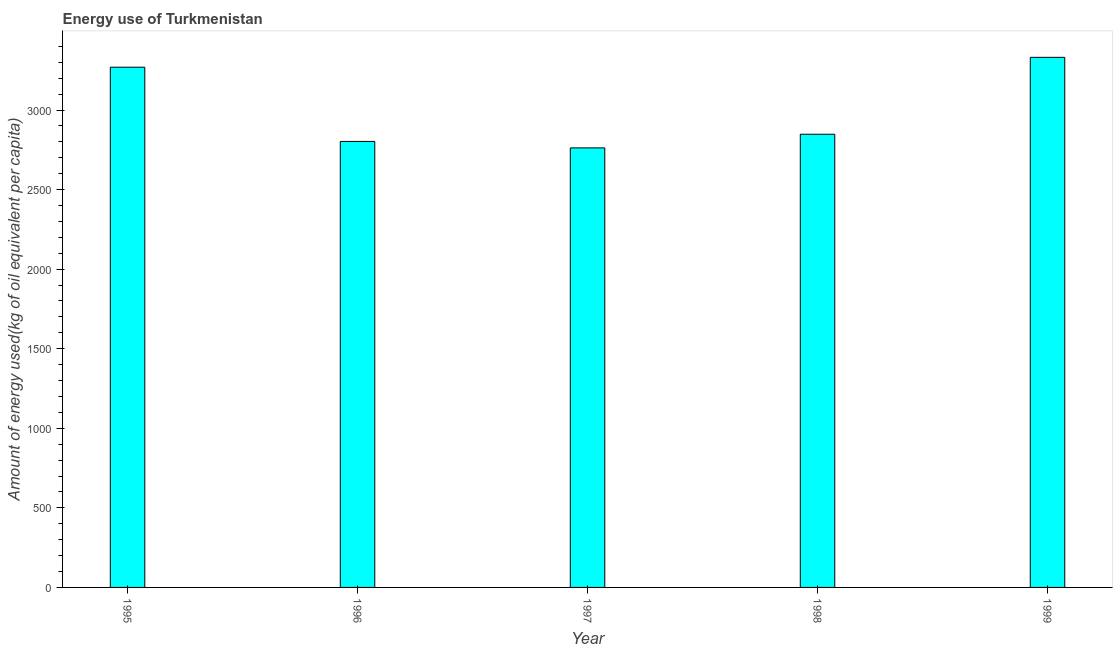
| Year | Energy use  |
 | --- | --- |
 | 1995 | 3.27e+03 |
 | 1996 | 2.8e+03 |
 | 1997 | 2.76e+03 |
 | 1998 | 2.85e+03 |
 | 1999 | 3.33e+03 |